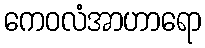
ကေဝလံအာဟာရော